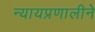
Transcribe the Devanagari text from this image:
न्यायप्रणालीने